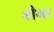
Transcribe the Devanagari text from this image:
शैबा